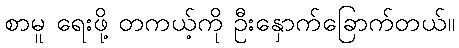
စာမူ ရေးဖို့ တကယ့်ကို ဦးနှောက်ခြောက်တယ်။